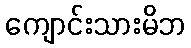
ကျောင်းသားမိဘ